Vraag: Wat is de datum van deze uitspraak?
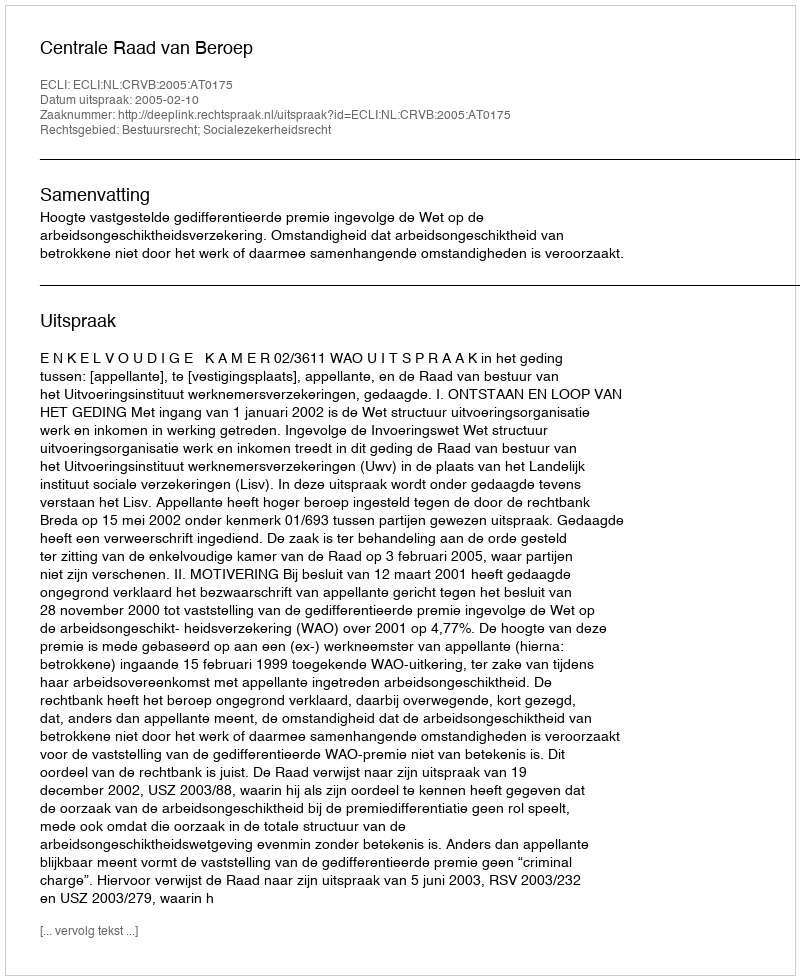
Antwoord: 2005-02-10